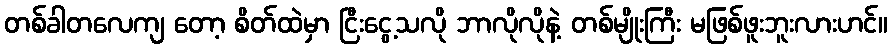
တစ်ခါတလေကျ တော့ စိတ်ထဲမှာ ငြီးငွေ့သလို ဘာလိုလိုနဲ့ တစ်မျိုးကြီး မဖြစ်ဖူးဘူးလားဟင်။